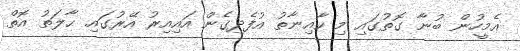
އެމީހުން ބުނާ ގޮތުގައި މި ކާއިނާތު އުފެދިގެން އައިއިރު އޭރުގައި ޙާލަތު އޮތް